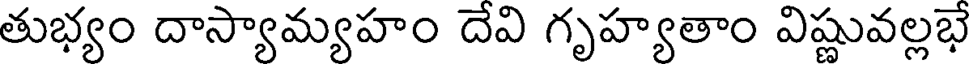
తుభ్యం దాస్యామ్యహం దేవి గృహ్యతాం విష్ణువల్లభే